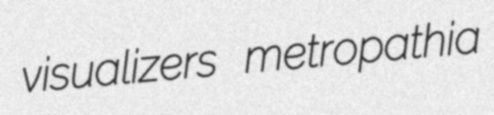
visualizers metropathia